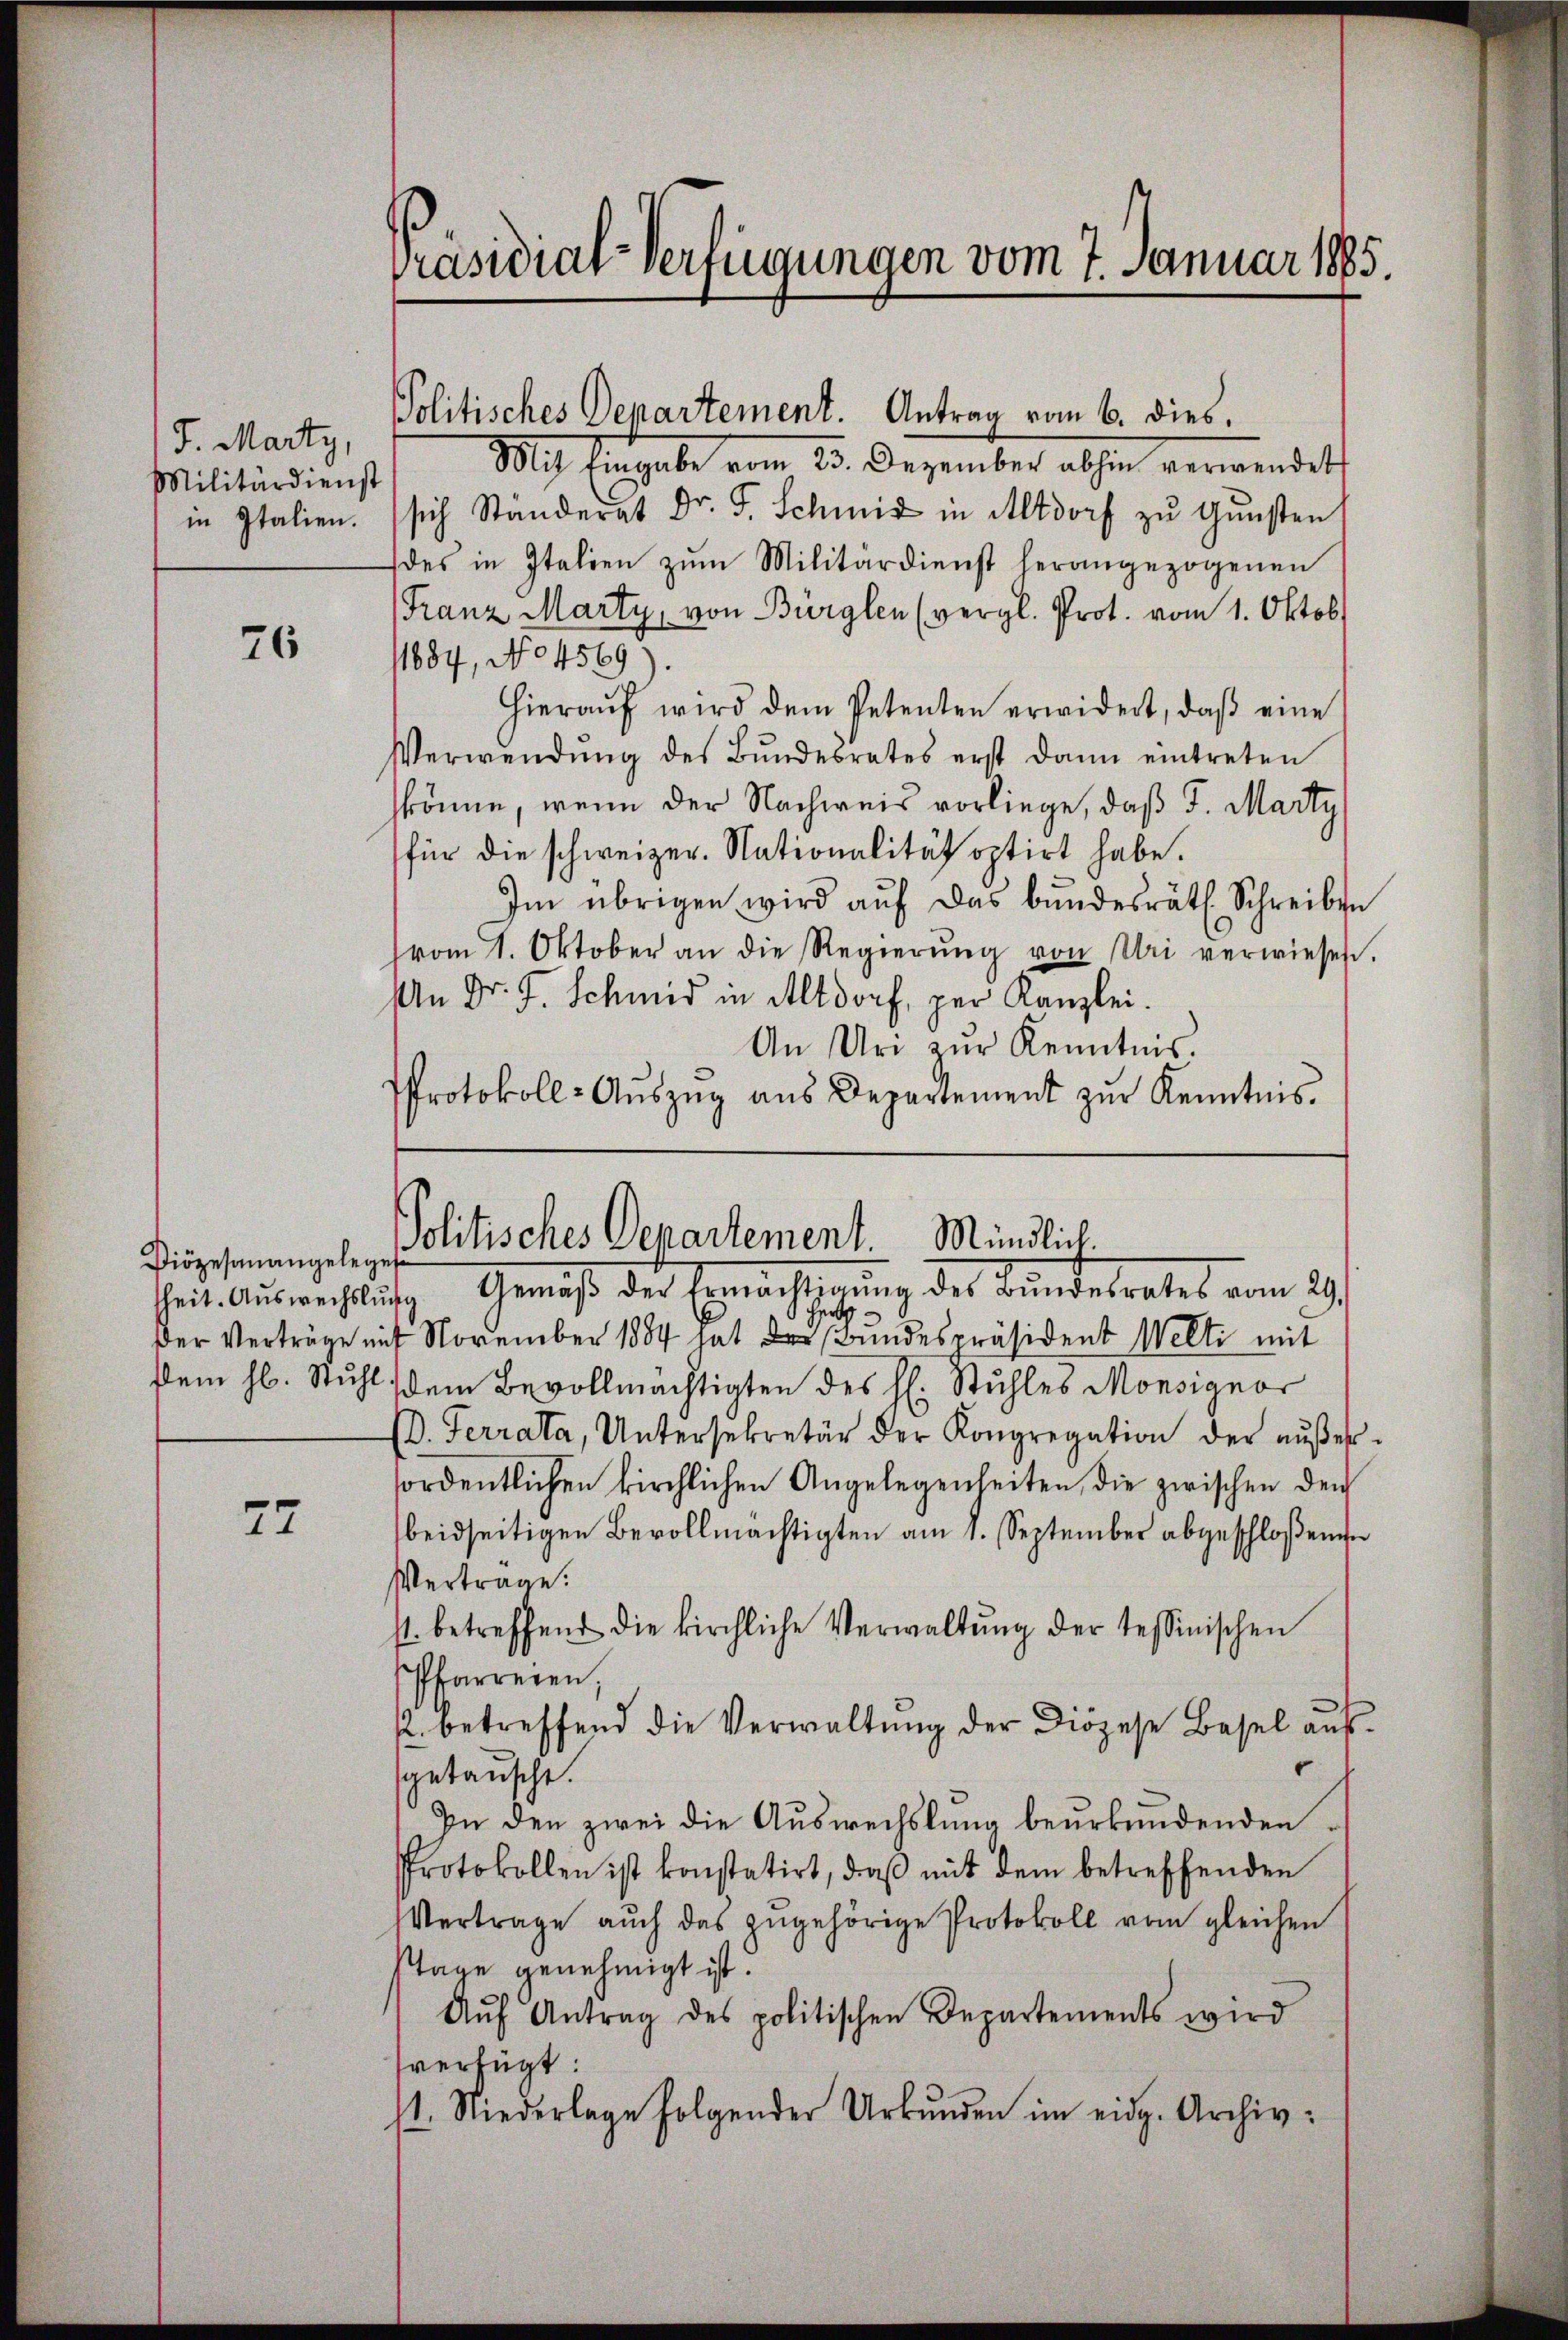
J. Marty,
Militärdienst
in Italien.

76

Diözesanangeleget

77

Präsidial-Verfügungen vom 7. Januar 1885.

Politisches Departement. Antrag vom 6. dies.

Mit Eingabe vom 23. Dezember abhin verwendet
sich Ständerat Dr. F. Schmit in Altdorf zu Gunsten
des in Italien zŭm Militärdienst herangezogenen
(Franz Marty, von Bürglen (vergl. Prot. vom 1. Oktob.
11884, No 4569).
Hieraŭf wird dem Petenten erwidert, daβ eine
Verwendŭng des Bŭndesrates erst dann eintreten
könne, wenn der Nachweis vorliege, daß F. Marty
für die schweizer. Nationalität optirt habe.
Im übrigen wird aŭf das bundesräth. Schreiben
(vom 1. Oktober an die Regierŭng von Uri verwiesen.
An Dr. J. Schmid in Altdorf, per Kanzlei.
An Uri zŭr Kenntnis.
Protokoll-Aŭszŭg ans Departement zŭr Kenntnis.

Der Verträge mit November 1884 hat der Bundespräsident Welti mit
slein hl. Stuhl dem Bevollmächtigten des H. Stuhles Monsignor
(D. Ferrata, Untersekretär der Kongregation der aŭβer-
fordentlichen kirchlichen Angelegenheiten die zwischen den
beidseitigen Bevollmächtigten am 1. September abgeschloßenen
Vertrage.
st. betreffend die kirchliche Verwaltŭng der tessinischen
Pfarreien,
. betreffend die Verwaltŭng der Diözese Basel aŭs-
getauscht.
In den zwei die Auswechslung beurkundenden
Protokollen ist konstatirt, daβ mit dem betreffenden
Vertrage aŭch das zŭgehörige Protokoll vom gleichen
Stage genehmigt ist.
Aŭf Antrag des politischen Departements wird
sverfügt:
st. Niederlage folgender Urbŭnden im eidg. Archiv-

Politisches Departement Mündlich.
sheit. Aŭswechslung Gemäβ der Ermächtigŭng des Bŭndesrates vom 29.